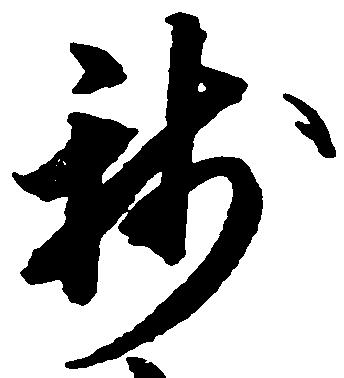
新